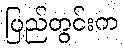
ပြည်တွင်းက